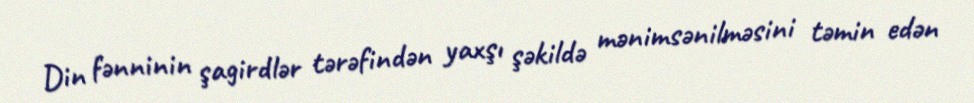
Din fənninin şagirdlər tərəfindən yaxşı şəkildə mənimsənilməsini təmin edən